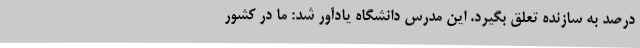
درصد به سازنده تعلق بگیرد. این مدرس دانشگاه یادآور شد: ما در کشور